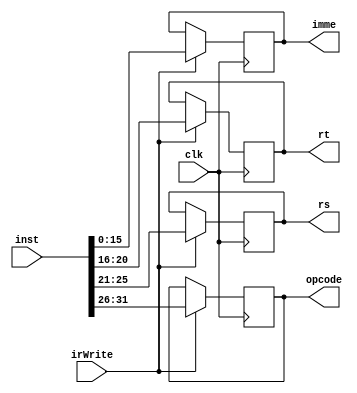
module IR(inst, opcode, rs, rt, imme, irWrite, clk);
	input [31:0] inst;					//Instruo vindo da memoria
	output reg [5:0] opcode;			//Campo Opcode
	output reg [4:0] rs;				//Campo RS
	output reg [4:0] rt;				//Campo RT
	output reg [15:0] imme;				//Campo Imediato
	input clk;
	input irWrite;						//bit de controle da escrita
	always @ (posedge clk) begin
		if(irWrite) begin
			opcode <= inst[31:26];			//Separao da instruo
			rs <= inst[25:21];				//Nos respectivos campos
			rt <= inst[20:16];
			imme <= inst[15:0];
		end
	end
endmodule